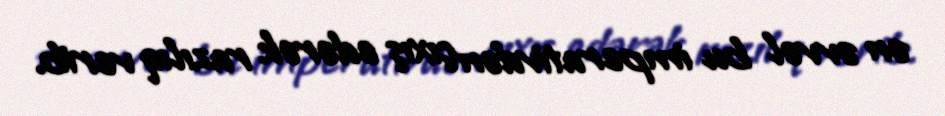
ən əvvəl bu imperativdən çıxış edərək razılıq verib.